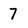
Character: 7